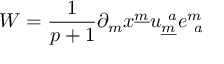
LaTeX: W = { \frac { 1 } { p + 1 } } \partial _ { m } x ^ { \underline { { m } } } u _ { \underline { { m } } } ^ { ~ a } e _ { ~ a } ^ { m }